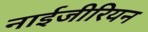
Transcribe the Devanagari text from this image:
नाईजीरियन